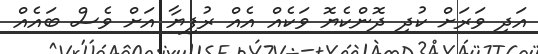
އަދި ވަރަށް ކުދި ދޮންކެޔޮ ވަކެއް އެއް ރުފިޔާ އަށް ވެސް ބައެއް